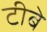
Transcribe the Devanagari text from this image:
टीबे